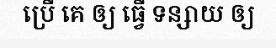
ប្រើ គេ ឲ្យ ធ្វើ ទន្សាយ ឲ្យ